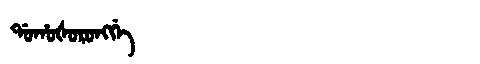
Manchu: ᡩᠣᡥᠣᡧᠣᡵᠣᠩᡤᡝ
Romanization: DOHOŠORONGGE